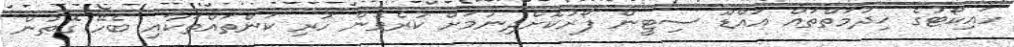
ހައިކޯޓުގެ ޚިދުމަތްތައް އައްޑޫ ސިޓީން ފޯރުކޮށްދިނުމަށް ކުރެވެން ހުރި ކަންތައްތަކާއި ބެހޭ ގޮތުން